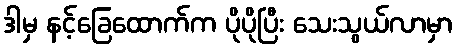
ဒါမှ နင့်ခြေထောက်က ပိုပိုပြီး သေးသွယ်လာမှာ